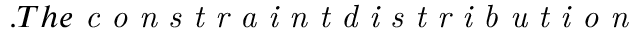
. T h e \emph { c o n s t r a i n t d i s t r i b u t i o n }